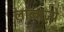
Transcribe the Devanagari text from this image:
लाब्बाज़्ये